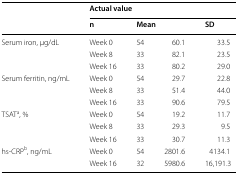
| <ROWSPAN=2>  | <COLSPAN=4> Actual value |
 | n | <COLSPAN=2> Mean | SD |
 | --- | --- | --- | --- | --- |
 | <ROWSPAN=3> Serum iron, μg/dL | Week 0 | 54 | 60.1 | 33.5 |
 | Week 8 | 33 | 82.1 | 23.5 |
 | Week 16 | 33 | 80.2 | 29.0 |
 | <ROWSPAN=3> Serum ferritin, ng/mL | Week 0 | 54 | 29.7 | 22.8 |
 | Week 8 | 33 | 51.4 | 44.0 |
 | Week 16 | 33 | 90.6 | 79.5 |
 | <ROWSPAN=3> TSATa, % | Week 0 | 54 | 19.2 | 11.7 |
 | Week 8 | 33 | 29.3 | 9.5 |
 | Week 16 | 33 | 30.7 | 11.3 |
 | <ROWSPAN=2> hs-CRPb, ng/mL | Week 0 | 54 | 2801.6 | 4134.1 |
 | Week 16 | 32 | 5980.6 | 16,191.3 |